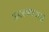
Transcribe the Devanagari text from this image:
उपलब्धआहे